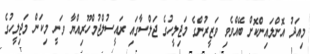
މިއަދު އޮންލައިންކޮށް ބޭއްވެވި ވަޒީރުންގެ މަޖިލީހުގެ ޖަލްސާގައި ރައީސުލްޖުމްހޫރިއްޔާ ވަނީ މިކަން މަޖިލީހުގެ